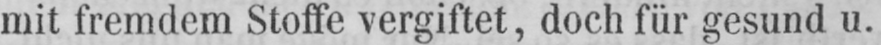
mit fremdem Stoffe vergiftet, doch für gesund u.